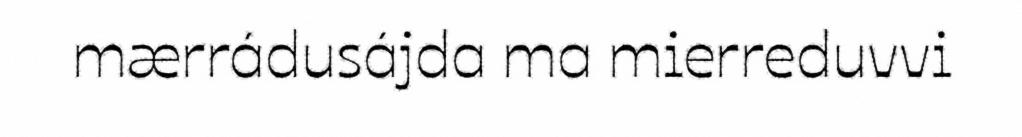
mærrádusájda ma mierreduvvi